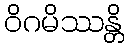
ဝိဂမိဿန္တိ